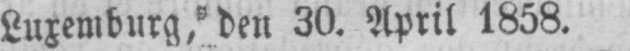
Luxemburg, den 30. April 1858.